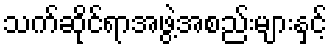
သက်ဆိုင်ရာအဖွဲ့အစည်းများနှင့်